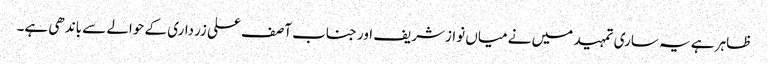
ظاہر ہے یہ ساری تمہید میں نے میاں نوازشریف اور جناب آصف علی زرداری کے حوالے سے باندھی ہے۔